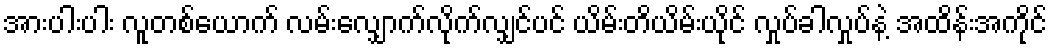
အားပါးပါး လူတစ်ယောက် လမ်းလျှောက်လိုက်လျှင်ပင် ယိမ်းတိယိမ်းယိုင် လှုပ်ခါလှုပ်နဲ့ အထိန်းအကိုင်